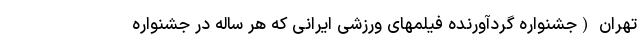
تهران (جشنواره گردآورنده فیلمهای ورزشی ایرانی که هر ساله در جشنواره